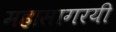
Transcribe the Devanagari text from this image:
महासागरयी